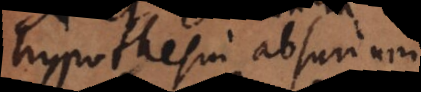
hypothesin, absurdum